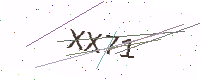
Text: XX71